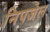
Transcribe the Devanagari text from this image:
निपजेल